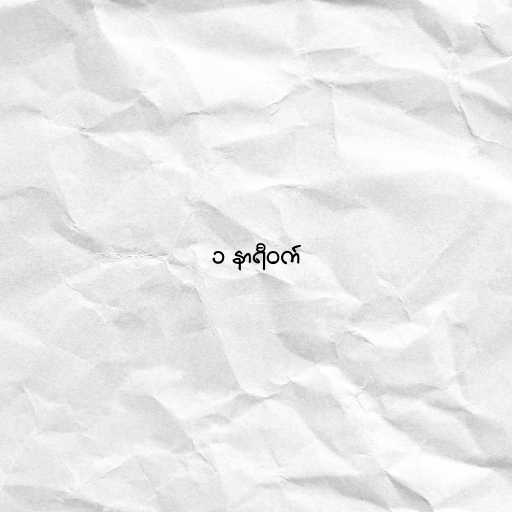
၁ နာရီဝက်